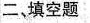
二、填空题